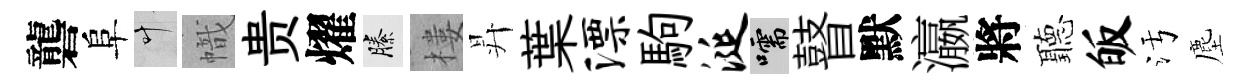
礱阜叶幟贵燿縢樓昇葉漂駒涎嚅瞽默瀛將聽皈污塵